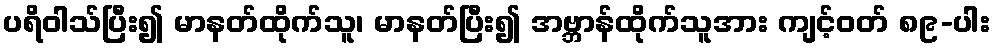
ပရိဝါသ်ပြီး၍ မာနတ်ထိုက်သူ၊ မာနတ်ပြီး၍ အဗ္ဘာန်ထိုက်သူအား ကျင့်ဝတ် ၈၉-ပါး